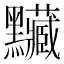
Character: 𪓅